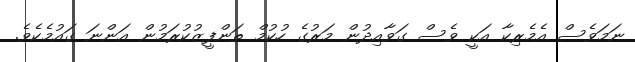
ނަމަވެސް އެމެރިކާ އަކީ ވެސް ގަވާއިދުން މަރުގެ ހުކުމް ތަންފީޒުކުރަމުން އަންނަ ގައުމެކެވެ.